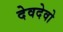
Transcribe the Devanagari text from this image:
देवदेवो